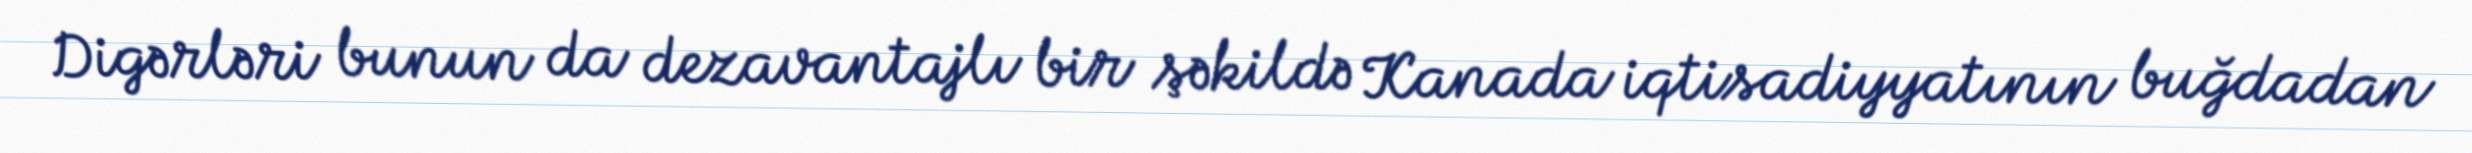
Digərləri bunun da dezavantajlı bir şəkildə Kanada iqtisadiyyatının buğdadan